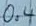
Text: 0.4